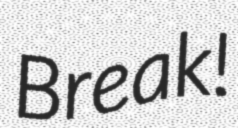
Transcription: Break!